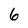
Character: 6